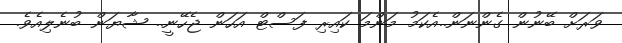
ވަރަށް ބޭނުން ގެންނަން..އެކަމު މަންމަ ކައިރި ފަސްޓް އަހަން ޖެހޭނީ.. ޝާޔަން ބުނެލިއެވެ.